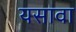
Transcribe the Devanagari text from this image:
यसावा